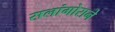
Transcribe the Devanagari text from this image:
सलांगोराने